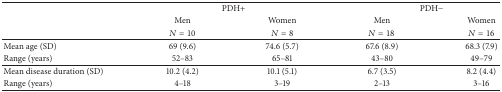
<table><thead><tr><td><b> </b></td><td colspan="2"><b>PDH+</b></td><td colspan="2"><b>PDH−</b></td></tr><tr><td><b> </b></td><td><b>Men</b></td><td><b>Women</b></td><td><b>Men</b></td><td><b>Women</b></td></tr><tr><td><b> </b></td><td><b><i>N</i> = 10</b></td><td><b><i>N</i> = 8</b></td><td><b><i>N</i> = 18</b></td><td><b><i>N</i> = 16</b></td></tr></thead><tbody><tr><td>Mean age (SD)</td><td>69 (9.6)</td><td>74.6 (5.7)</td><td>67.6 (8.9)</td><td>68.3 (7.9)</td></tr><tr><td>Range (years)</td><td>52–83</td><td>65–81</td><td>43–80</td><td>49–79</td></tr><tr><td>Mean disease duration (SD)</td><td>10.2 (4.2)</td><td>10.1 (5.1)</td><td>6.7 (3.5)</td><td>8.2 (4.4)</td></tr><tr><td>Range (years)</td><td>4–18</td><td>3–19</td><td>2–13</td><td>3–16</td></tr></tbody></table>